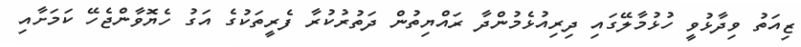
ޒިއަތު ވިދާޅުވީ ހުޅުމާލޭގައި ދިރިއުޅެމުންދާ ރައްޔިތުން ދަތުރުކުރާ ފެރީތަކުގެ އަގު ހެޔޮވާންޖެހޭ ކަމަށާއި